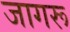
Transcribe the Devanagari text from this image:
जागरू